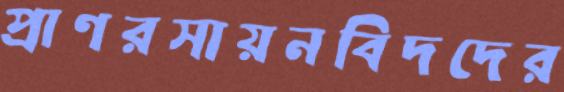
প্রাণরসায়নবিদদের